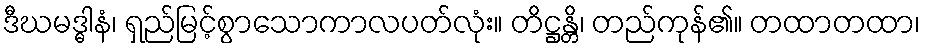
ဒီဃမဒ္ဓါနံ၊ ရှည်မြင့်စွာသောကာလပတ်လုံး။ တိဋ္ဌန္တိ၊ တည်ကုန်၏။ တထာတထာ၊